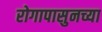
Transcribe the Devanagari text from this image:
रोगापासुनच्या